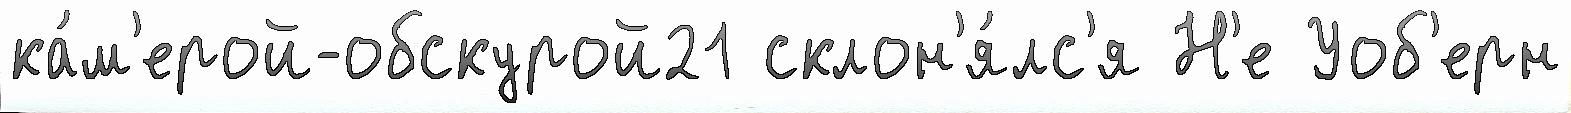
ка́м'ерой-обскурой21 склон'я́лс'я Н'е Уоб'ерн